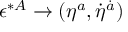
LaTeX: \epsilon ^ { * A } \to ( \eta ^ { a } , \dot { \eta } ^ { \dot { a } } )